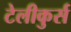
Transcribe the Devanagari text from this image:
टेलीकुर्स